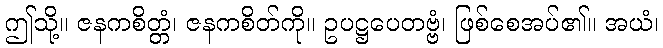
ဤသို့။ ဇနကစိတ္တံ၊ ဇနကစိတ်ကို။ ဥပဋ္ဌပေတဗ္ဗံ၊ ဖြစ်စေအပ်၏။ အယံ၊